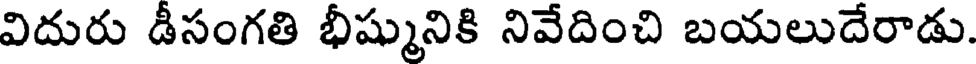
విదురు డీసంగతి భీష్మునికి నివేదించి బయలుదేరాడు.